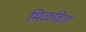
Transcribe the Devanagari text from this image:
मिळवितां